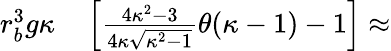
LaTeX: \begin{array}{rl}{r_{b}^{3}g\kappa}&{{}\left[\frac{4\kappa^{2}-3}{4\kappa\sqrt{\kappa^{2}-1}}\theta(\kappa-1)-1\right]\approx}\end{array}